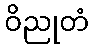
ဝိညုတံ